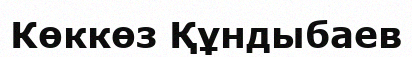
Көккөз Құндыбаев